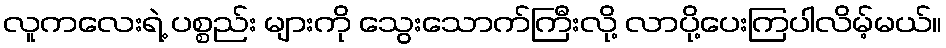
လူကလေးရဲ့ ပစ္စည်း များကို သွေးသောက်ကြီးလို့ လာပို့ပေးကြပါလိမ့်မယ်။